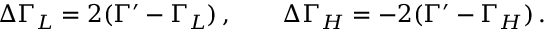
\Delta \Gamma _ { L } = 2 ( \Gamma ^ { \prime } - \Gamma _ { L } ) \, , \qquad \Delta \Gamma _ { H } = - 2 ( \Gamma ^ { \prime } - \Gamma _ { H } ) \, .